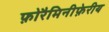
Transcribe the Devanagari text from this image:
फ़ोरैमिनीफ़ेरीय